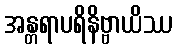
အန္တရာပရိနိဗ္ဗာယိဿ